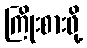
ကြိုးစားဖို့